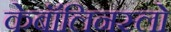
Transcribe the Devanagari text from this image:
केबॉलिनस्लो